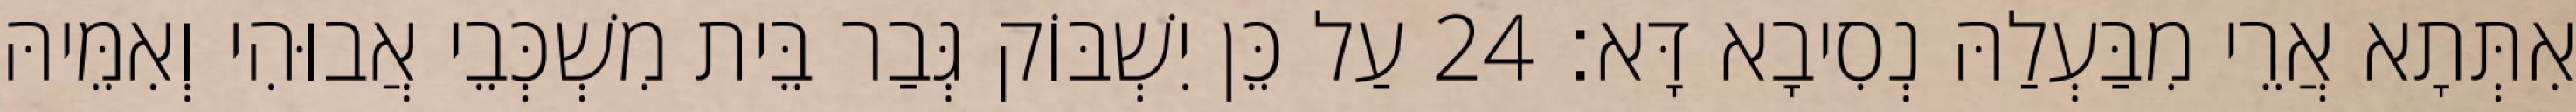
אִתְּתָא אֲרֵי מִבַּעְלַהּ נְסִיבָא דָּא׃ 24 עַל כֵּן יִשְׁבּוֹק גְּבַר בֵּית מִשְׁכְּבֵי אֲבוּהִי וְאִמֵּיהּ